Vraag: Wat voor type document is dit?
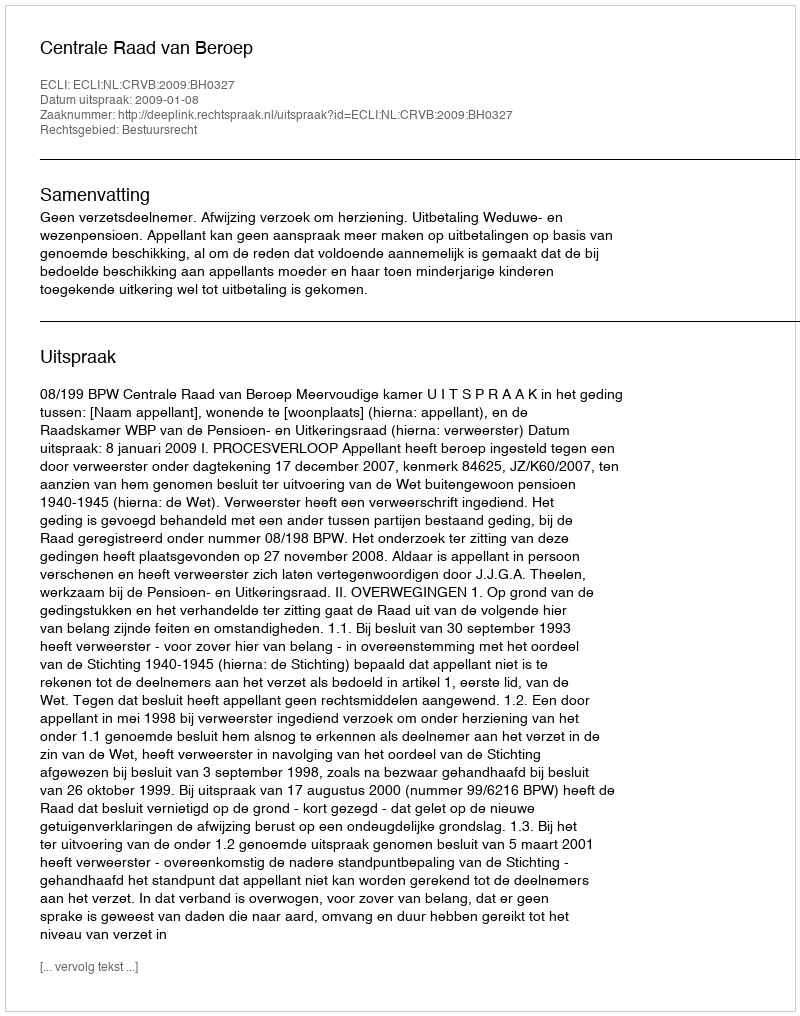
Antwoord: Uitspraak